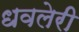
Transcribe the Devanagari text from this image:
धवलेरी